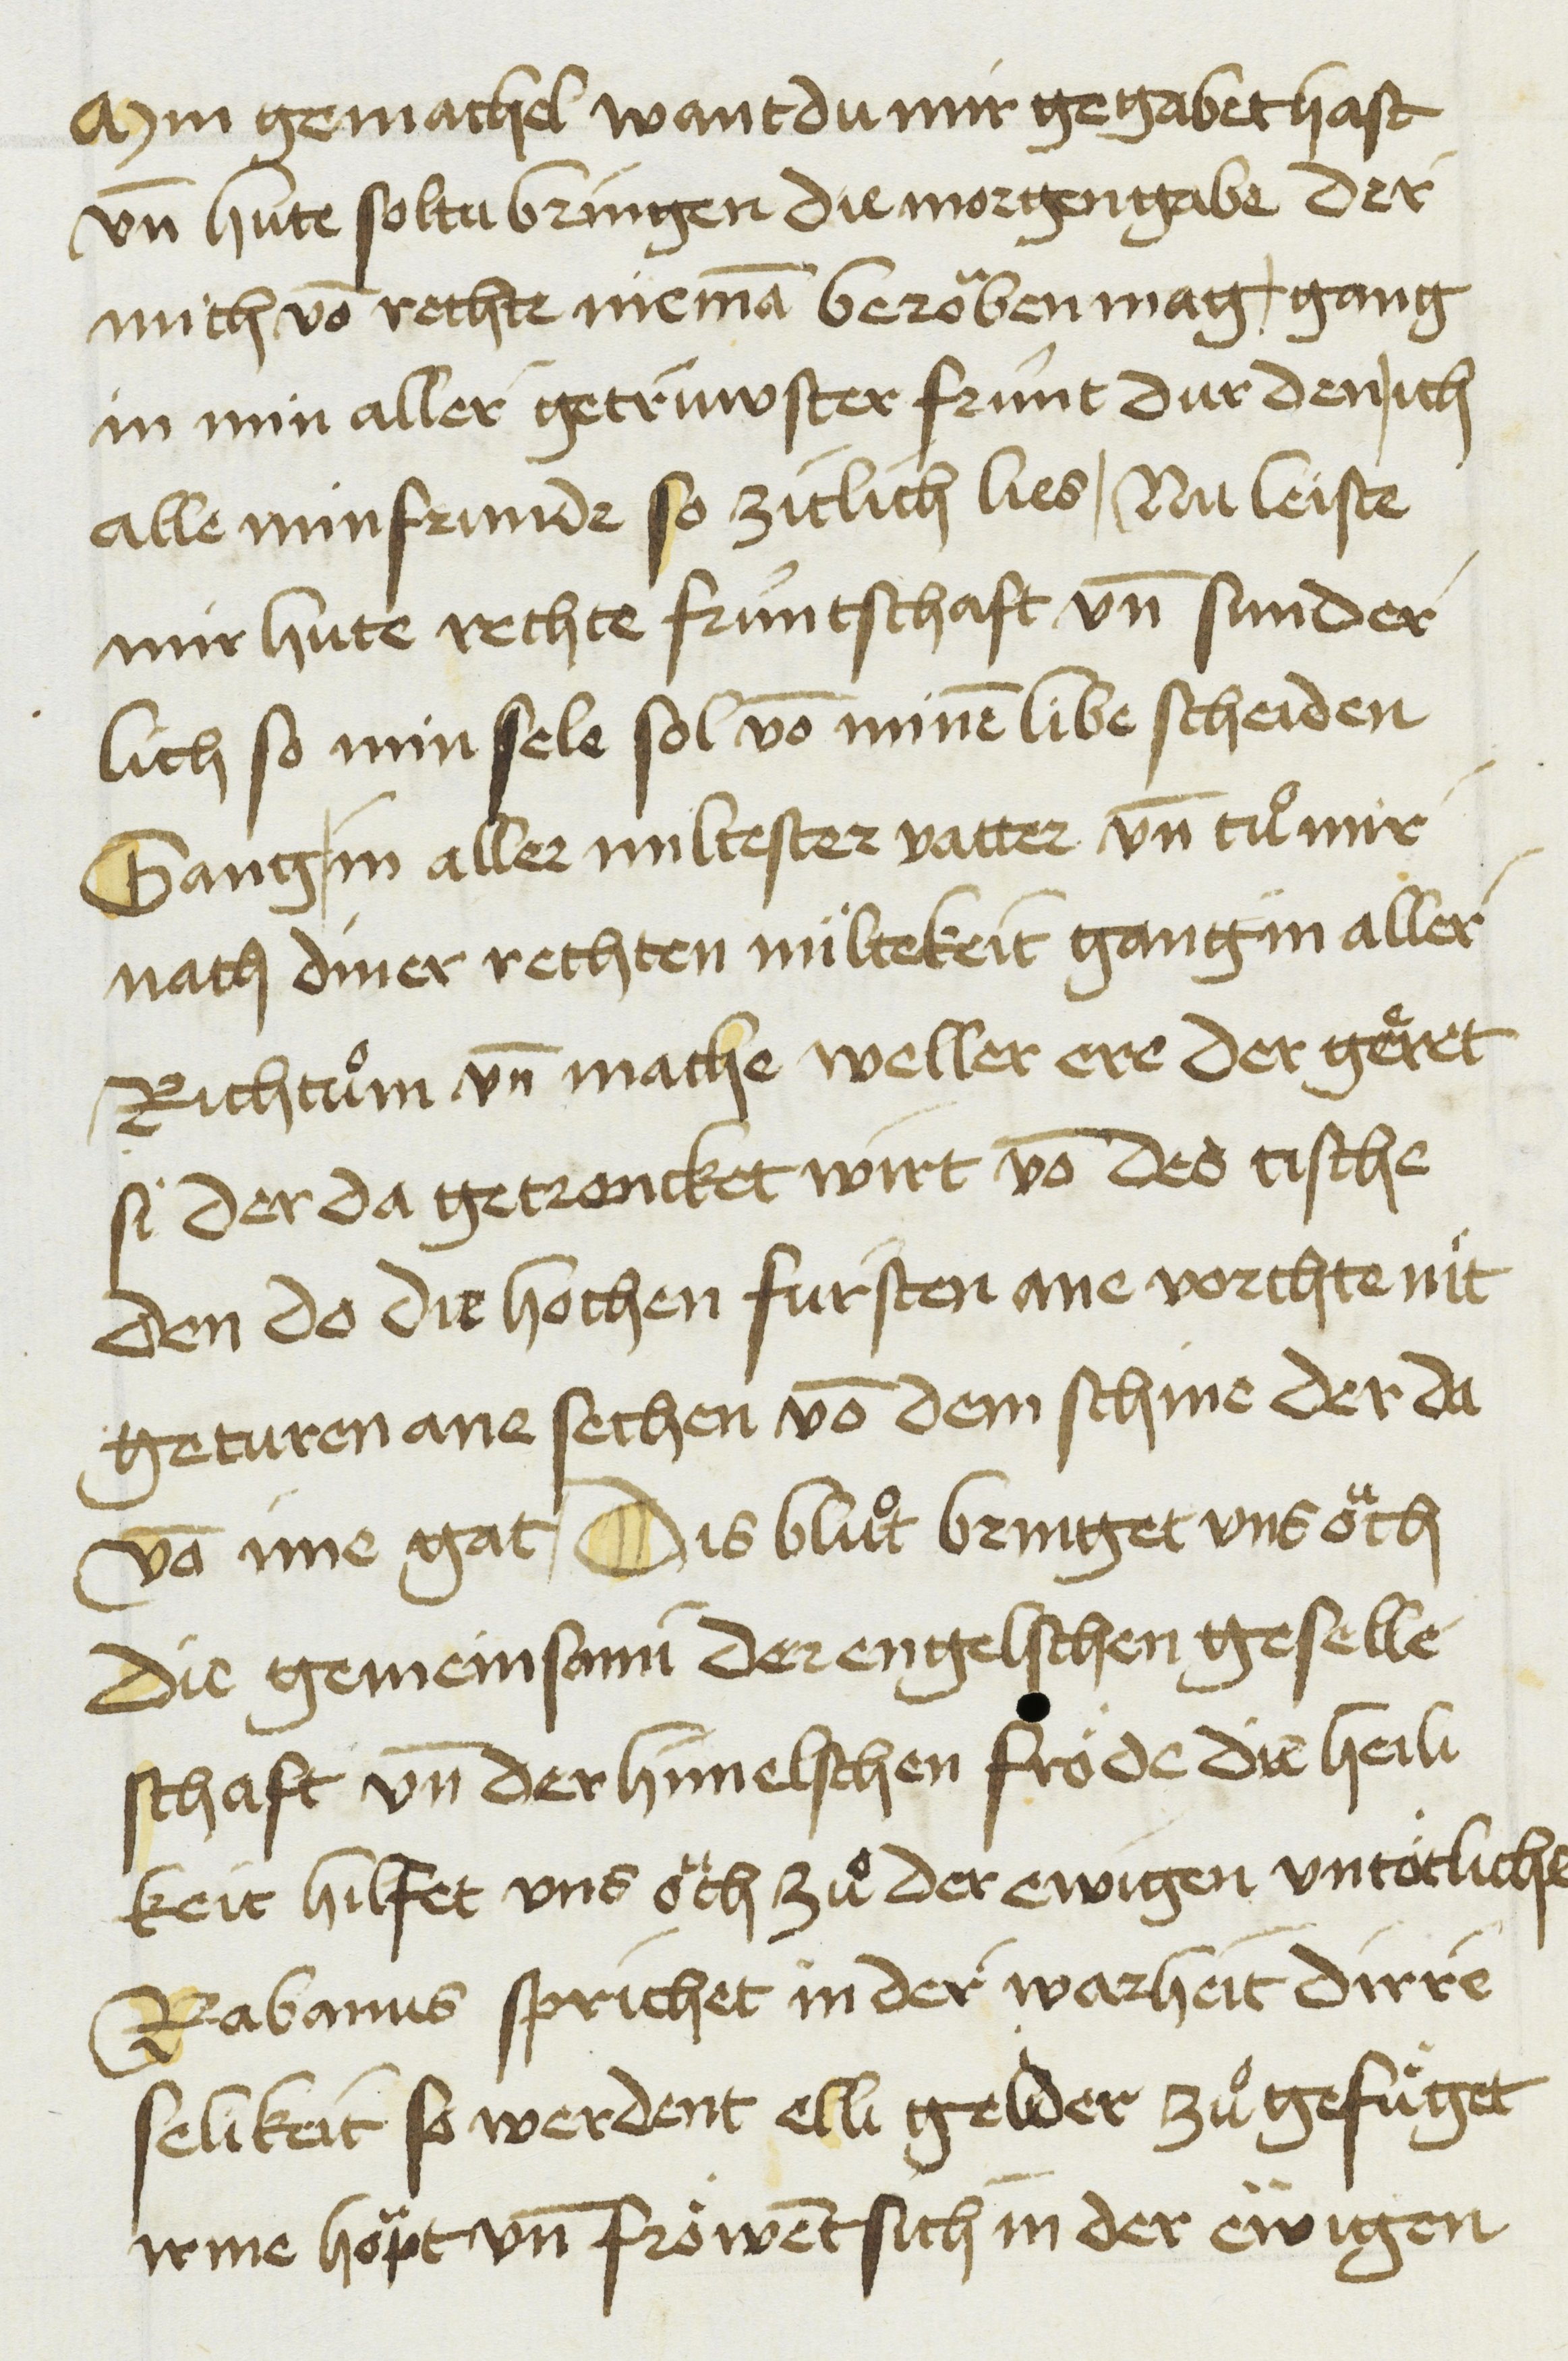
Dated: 1450–1499